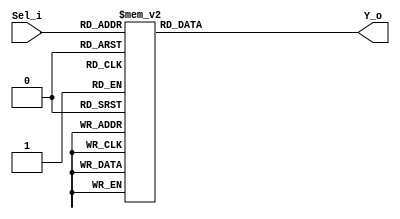
`timescale 1ns / 1ps
//////////////////////////////////////////////////////////////////////////////////
// Company: 
// 
// Design Name: 
// Module Name:    MUX8_1C 
// Project Name: 
// Target Devices: 
// Tool versions: 
// Description: 
//
// Dependencies: 
//
// Revision: 
// Revision 0.01 - File Created
// Additional Comments: 
//
//////////////////////////////////////////////////////////////////////////////////
module MUX8_1C(Sel_i,Y_o );

input wire[3:0]Sel_i;
output reg [3:0]Y_o;

   always @(Sel_i)
      case (Sel_i)
         4'b0000: Y_o = 4'd1;
         4'b0001: Y_o = 4'd2;
         4'b0010: Y_o = 4'd3;
         4'b0011: Y_o = 4'd4;
         4'b0100: Y_o = 4'd5;
         4'b0101: Y_o = 4'd6;
         4'b0110: Y_o = 4'd7;
         4'b0111: Y_o = 4'd8;
			4'b1000: Y_o = 4'd9;
			4'b1001: Y_o = 4'd10;
			
			default: Y_o=4'd5;
      endcase
		


endmodule